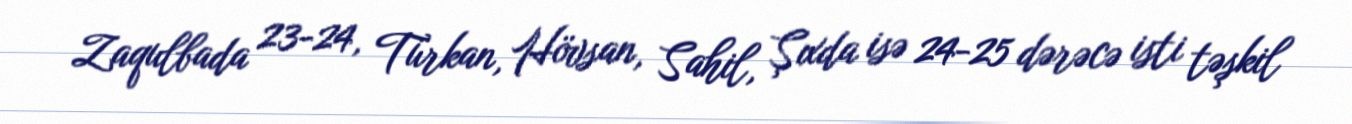
Zaqulbada 23-24, Türkan, Hövsan, Sahil, Şıxda isə 24-25 dərəcə isti təşkil